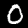
Label: 0